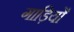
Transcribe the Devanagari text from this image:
गाड़ियोँ